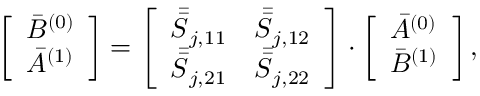
\left[ \begin{array} { l } { \bar { B } ^ { ( 0 ) } } \\ { \bar { A } ^ { ( 1 ) } } \end{array} \right] = \left[ \begin{array} { l l } { \bar { \bar { S } } _ { j , 1 1 } } & { \bar { \bar { S } } _ { j , 1 2 } } \\ { \bar { \bar { S } } _ { j , 2 1 } } & { \bar { \bar { S } } _ { j , 2 2 } } \end{array} \right] \cdot \left[ \begin{array} { l } { \bar { A } ^ { ( 0 ) } } \\ { \bar { B } ^ { ( 1 ) } } \end{array} \right] ,